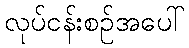
လုပ်ငန်းစဉ်အပေါ်